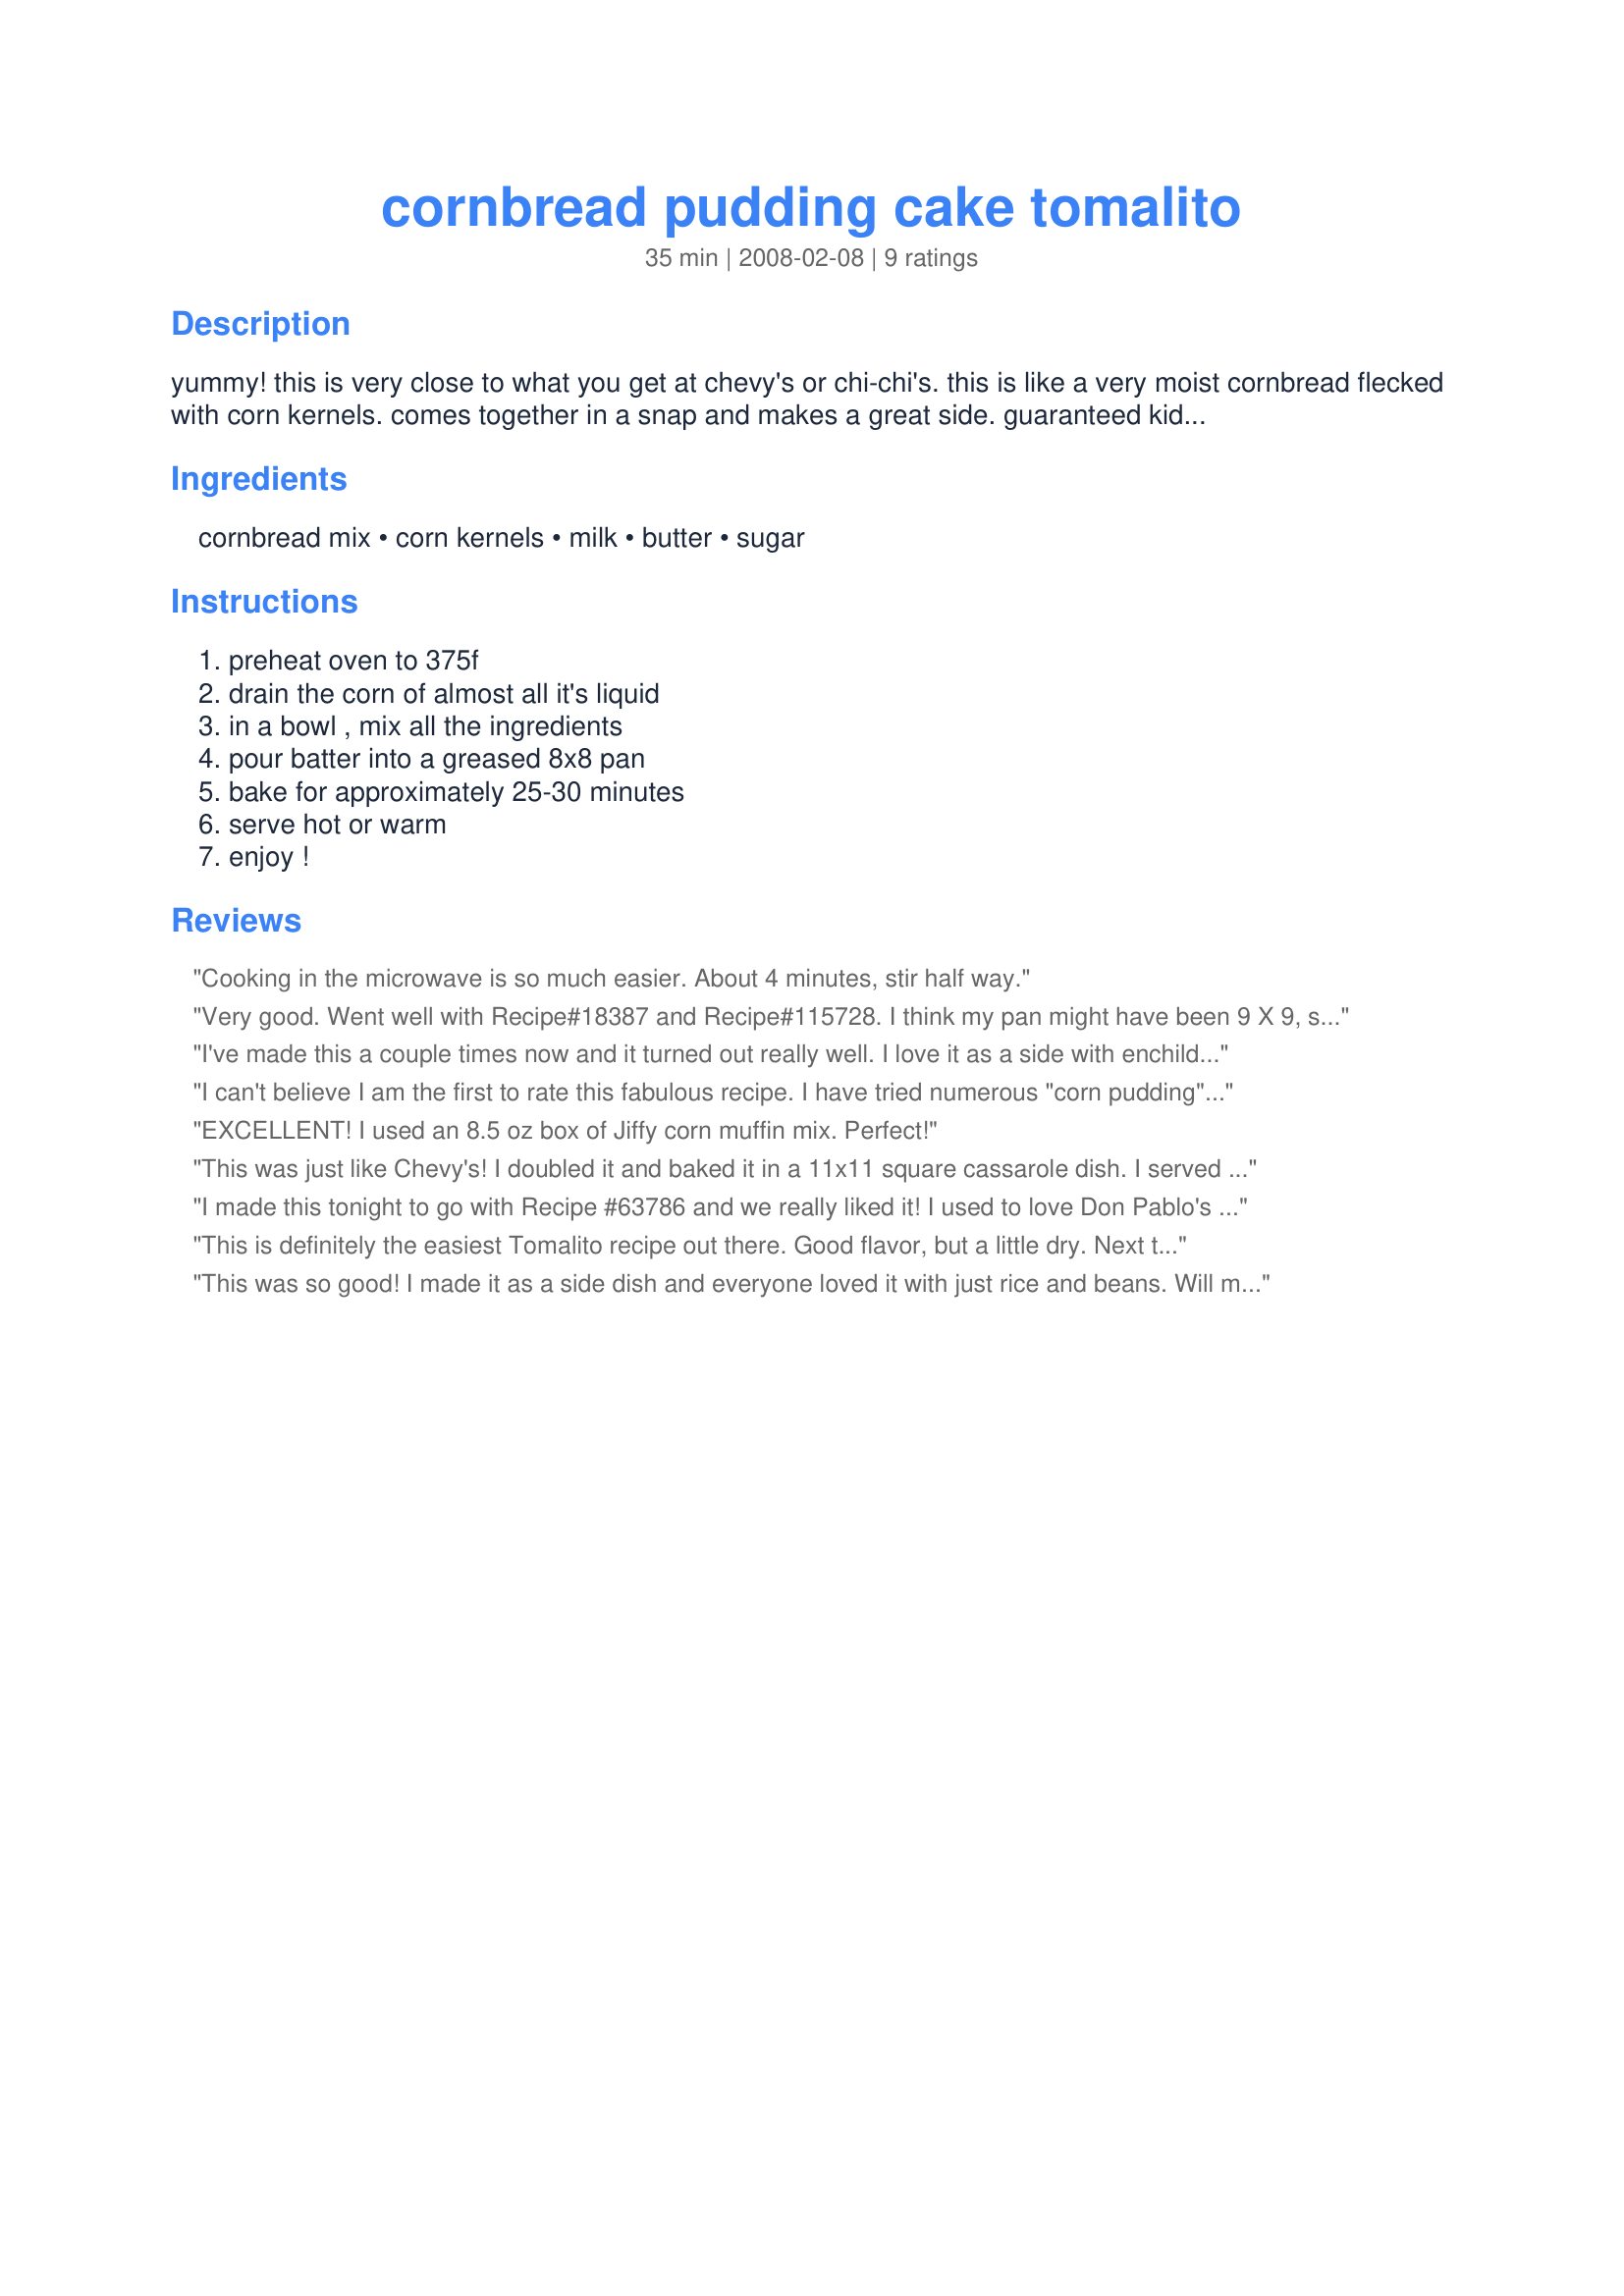
cornbread pudding cake tomalito
Preparation time: 35 minutes

yummy! this is very close to what you get at chevy's or chi-chi's. this is like a very moist cornbread flecked with corn kernels. comes together in a snap and makes a great side. guaranteed kid pleaser! this dish should be served hot or warm, and reheats nicely in the microwave.

Ingredients:
cornbread mix, corn kernels, milk, butter, sugar

Steps:
preheat oven to 375f, drain the corn of almost all it's liquid, in a bowl , mix all the ingredients, pour batter into a greased 8x8 pan, bake for approximately 25-30 minutes, serve hot or warm, enjoy !

Reviews:
Cooking in the microwave is so much easier. About 4 minutes, stir half way.
Very good. Went well with Recipe#18387 and Recipe#115728. I think my pan might have been 9 X 9, so it was a little dry. I used about a cup of Marie Calenders cornbread mix. Thank-you!
I've made this a couple times now and it turned out really well. I love it as a side with enchildas! Thanks!
I can't believe I am the first to rate this fabulous recipe. I have tried numerous "corn pudding" type recipes trying to find the perfect taste and texture. This is it! It tastes so much like the sweet corn casserole side dish that Chi Chi's has. This was cheap and easy to throw together as well--nothing complicated. I followed the recipe exactly--no alterations. I rarely give 5 stars--because I reserve that for recipes I truly think are out-of-this world--and this is one of them. I served this as one of my sides with ribs this evening, and I also think it will be great as a Mexican side dish. We will make this often--thank you for sharing such a great, easy recipe. Hopefully many more positive reviews will follow!
EXCELLENT! I used an 8.5 oz box of Jiffy corn muffin mix. Perfect!
This was just like Chevy's! I doubled it and baked it in a 11x11 square cassarole dish. I served it with fajitas and tamales. They think I have some super secret receipe...if they only knew how easy it was! Thanks for this great addition to my cookbook!
I made this tonight to go with Recipe #63786 and we really liked it! I used to love Don Pablo's sweet corn cakes and this was a lot like them. I cut the sugar back to 2 Tbsp, but it was still a little too sweet for my taste. I think next time I'll do 1/2 or 1 Tbsp sugar and see how my tastebuds fare. :) Otherwise, I followed the super-easy instructions to a T and it came out great! Thanks for sharing such a yummy, easy recipe!
This is definitely the easiest Tomalito recipe out there. Good flavor, but a little dry. Next time, I'll cover it in the oven. Thanks for posting!
This was so good! I made it as a side dish and everyone loved it with just rice and beans. Will make often and can even be used as a healthy dessert!
